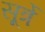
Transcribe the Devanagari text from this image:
सूर्त्रे